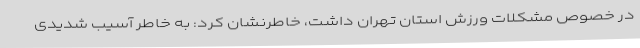
در خصوص مشکلات ورزش استان تهران داشت، خاطرنشان کرد: به خاطر آسیب شدیدی